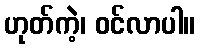
ဟုတ်ကဲ့၊ ဝင်လာပါ။